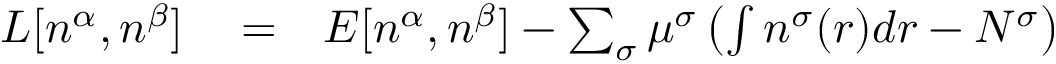
\begin{array} { r l r } { L [ n ^ { \alpha } , n ^ { \beta } ] } & { { } = } & { E [ n ^ { \alpha } , n ^ { \beta } ] - \sum _ { \sigma } \mu ^ { \sigma } \left( \int n ^ { \sigma } ( \boldsymbol { r } ) d \boldsymbol { r } - N ^ { \sigma } \right) } \end{array}